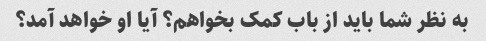
به نظر شما باید از باب کمک بخواهم؟ آیا او خواهد آمد؟